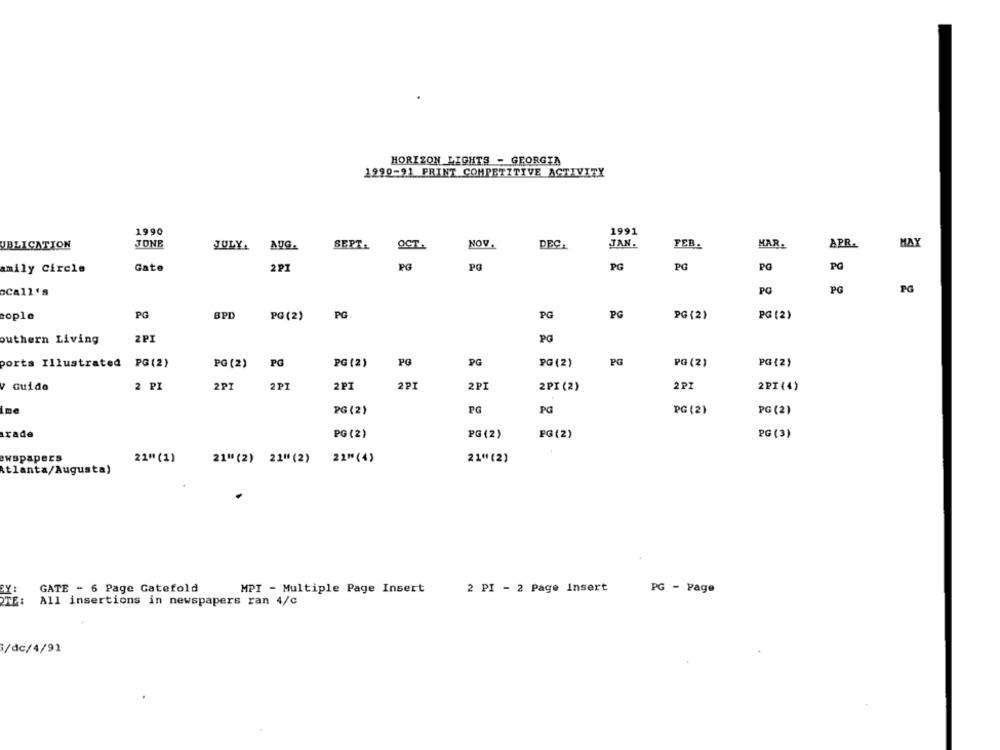
HORIZON LIGHTS - GEORGIA
1990-91 PRINT COMPETITIVE ACTIVITY
1990
1991
UBLICATION
JONB
JULY.
AUG.
SEPT.
OCT.
NOV.
DEC.
JAN.
FEB.
HAR.
APR.
MAY
amily Circle
Gate
2 PI
PG
PO
PG
PG
PG
PG
aCall's
PC
PG
PG
cople
PG
BPD
PG (2)
PG
PG
PG
PG (2)
PG (2)
ZPI
PG
outhern Living
PG
PG
PG
porta Illustrated PG(2)
PG (2)
PG
PG (2)
PG (2)
PG (2)
PG (2)
v Guide
2 PI
2PI
2PI
2 PI
2PI
2PI
2PI (2)
2PI
2PI (4)
me
PG (2)
PG
Pa
PG (2)
PG (2)
rade
PG (2)
PG (2)
FG (2)
PG (3)
ewspapers
22" (1)
21"(2) 21"(2) 22"(4)
21" (2)
Atlanta/Augusta)
EX :
GATE - 6 Page Gatefold
MPI - Multiple Page Insert
2 PI - 2 Page Insert
PG - Page
All insertions in newspapers ran 4/c
/dc/4/91